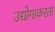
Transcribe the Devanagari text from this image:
उद्योगाकरता